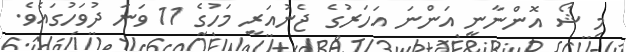
މި ޝޯ އޮންނާނީ އަންނަ އަހަރުގެ ޖެނުއަރީ މަހުގެ 11 ވަނަ ދުވަހުގައެވެ.